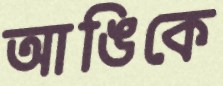
আঙিকে